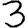
Digit: 3